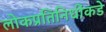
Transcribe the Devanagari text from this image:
लोकप्रतिनिधींकडे